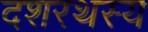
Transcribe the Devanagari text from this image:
दशरथस्य